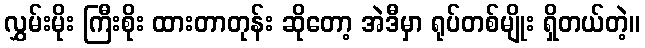
လွှမ်းမိုး ကြီးစိုး ထားတာတုန်း ဆိုတော့ အဲဒီမှာ ရုပ်တစ်မျိုး ရှိတယ်တဲ့။